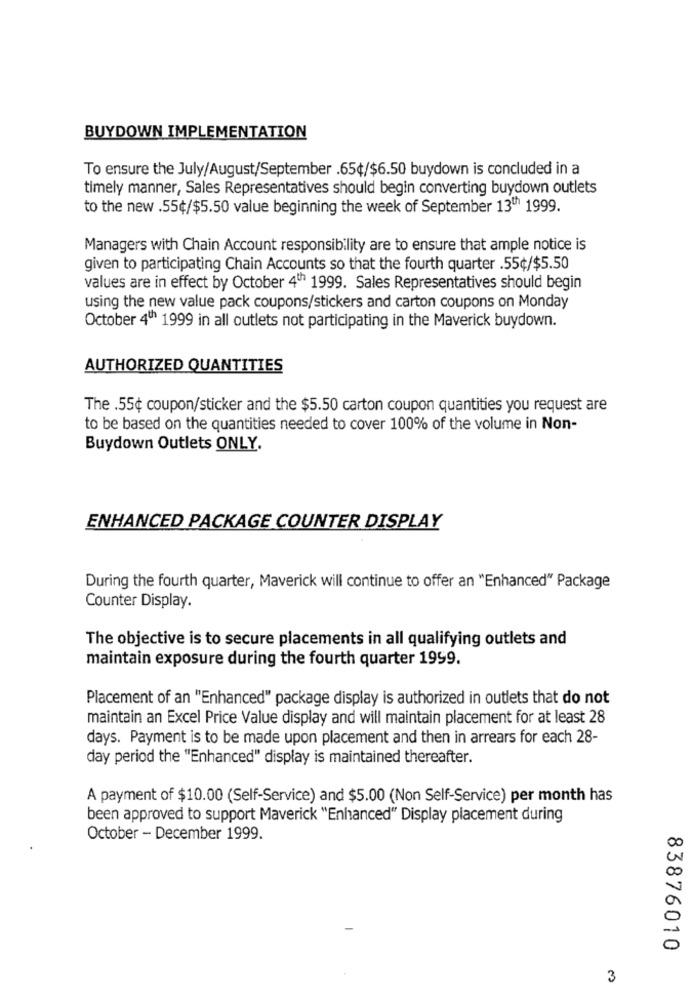
BUYDOWN IMPLEMENTATION
To ensure the July/August/September .65¢/$6.50 buydown is concluded in a
timely manner, Sales Representatives should begin converting buydown outlets
to the new .55¢/$5.50 value beginning the week of September 13th 1999.
Managers with Chain Account responsibility are to ensure that ample notice is
given to participating Chain Accounts so that the fourth quarter .55¢/$5.50
values are in effect by October 4th 1999. Sales Representatives should begin
using the new value pack coupons/stickers and carton coupons on Monday
October 4th 1999 in all outlets not participating in the Maverick buydown.
AUTHORIZED QUANTITIES
The .55¢ coupon/sticker and the $5.50 carton coupon quantities you request are
to be based on the quantities needed to cover 100% of the volume in Non-
Buydown Outlets ONLY.
ENHANCED PACKAGE COUNTER DISPLAY
During the fourth quarter, Maverick will continue to offer an "Enhanced" Package
Counter Display.
The objective is to secure placements in all qualifying outlets and
maintain exposure during the fourth quarter 1999.
Placement of an "Enhanced" package display is authorized in outlets that do not
maintain an Excel Price Value display and will maintain placement for at least 28
days. Payment is to be made upon placement and then in arrears for each 28-
day period the "Enhanced" display is maintained thereafter.
A payment of $10.00 (Self-Service) and $5.00 (Non Self-Service) per month has
been approved to support Maverick "Enhanced" Display placement during
October - December 1999.
83876010
3